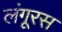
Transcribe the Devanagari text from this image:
लंगूरस